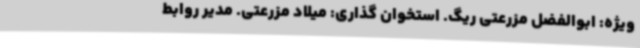
ویژه: ابوالفضل مزرعتی ریگ. استخوان گذاری: میلاد مزرعتی. مدیر روابط